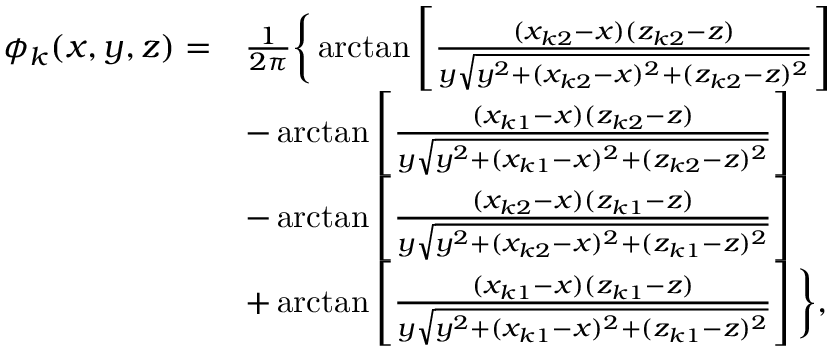
\begin{array} { r l } { \phi _ { k } ( x , y , z ) = } & { \frac { 1 } { 2 \pi } \bigg \{ \arctan \left[ \frac { ( x _ { k 2 } - x ) ( z _ { k 2 } - z ) } { y \sqrt { y ^ { 2 } + ( x _ { k 2 } - x ) ^ { 2 } + ( z _ { k 2 } - z ) ^ { 2 } } } \right] } \\ & { - \arctan \left[ \frac { ( x _ { k 1 } - x ) ( z _ { k 2 } - z ) } { y \sqrt { y ^ { 2 } + ( x _ { k 1 } - x ) ^ { 2 } + ( z _ { k 2 } - z ) ^ { 2 } } } \right] } \\ & { - \arctan \left[ \frac { ( x _ { k 2 } - x ) ( z _ { k 1 } - z ) } { y \sqrt { y ^ { 2 } + ( x _ { k 2 } - x ) ^ { 2 } + ( z _ { k 1 } - z ) ^ { 2 } } } \right] } \\ & { + \arctan \left[ \frac { ( x _ { k 1 } - x ) ( z _ { k 1 } - z ) } { y \sqrt { y ^ { 2 } + ( x _ { k 1 } - x ) ^ { 2 } + ( z _ { k 1 } - z ) ^ { 2 } } } \right] \bigg \} , } \end{array}